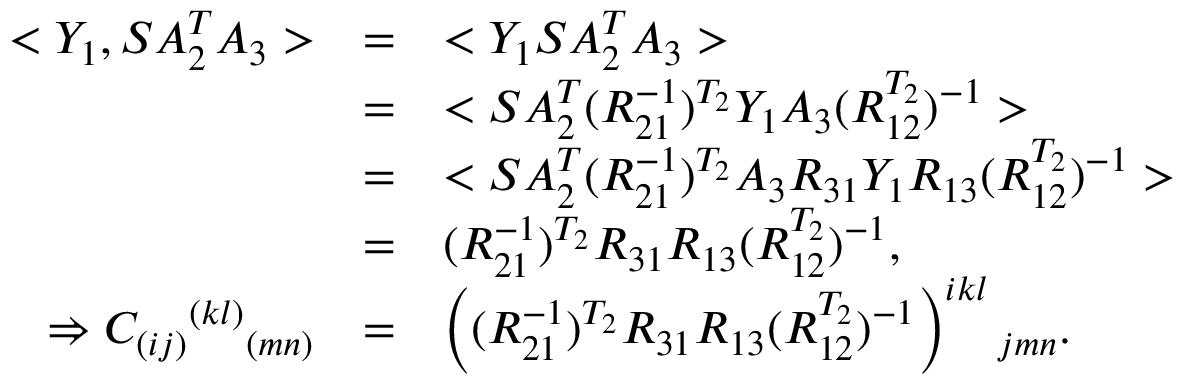
\begin{array} { r c l } { { < Y _ { 1 } , S A _ { 2 } ^ { T } A _ { 3 } > } } & { { = } } & { { < Y _ { 1 } S A _ { 2 } ^ { T } A _ { 3 } > } } \\ { { } } & { { = } } & { { < S A _ { 2 } ^ { T } ( R _ { 2 1 } ^ { - 1 } ) ^ { T _ { 2 } } Y _ { 1 } A _ { 3 } ( R _ { 1 2 } ^ { T _ { 2 } } ) ^ { - 1 } > } } \\ { { } } & { { = } } & { { < S A _ { 2 } ^ { T } ( R _ { 2 1 } ^ { - 1 } ) ^ { T _ { 2 } } A _ { 3 } R _ { 3 1 } Y _ { 1 } R _ { 1 3 } ( R _ { 1 2 } ^ { T _ { 2 } } ) ^ { - 1 } > } } \\ { { } } & { { = } } & { { ( R _ { 2 1 } ^ { - 1 } ) ^ { T _ { 2 } } R _ { 3 1 } R _ { 1 3 } ( R _ { 1 2 } ^ { T _ { 2 } } ) ^ { - 1 } , } } \\ { { \Rightarrow C _ { ( i j ) } { } ^ { ( k l ) } { } _ { ( m n ) } } } & { { = } } & { { \left( ( R _ { 2 1 } ^ { - 1 } ) ^ { T _ { 2 } } R _ { 3 1 } R _ { 1 3 } ( R _ { 1 2 } ^ { T _ { 2 } } ) ^ { - 1 } \right) ^ { i k l } { } _ { j m n } . } } \end{array}